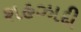
શહઝાદી